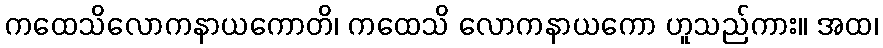
ကထေသိလောကနာယကောတိ၊ ကထေသိ လောကနာယကော ဟူသည်ကား။ အထ၊